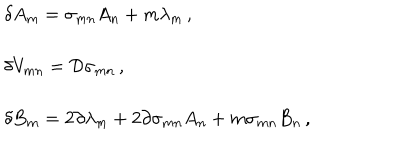
LaTeX: \begin{array} { r c l } { { } } & { { } } & { { \delta A _ { m } = \sigma _ { m n } A _ { n } + m \lambda _ { m } \, , } } \\ { { } } & { { } } & { { } } \\ { { } } & { { } } & { { \delta V _ { m n } = { \cal D } \sigma _ { m n } \, , } } \\ { { } } & { { } } & { { } } \\ { { } } & { { } } & { { \delta B _ { m } = 2 \partial \lambda _ { m } + 2 \partial \sigma _ { m n } A _ { n } + m \sigma _ { m n } B _ { n } \, , } } \\ \end{array}